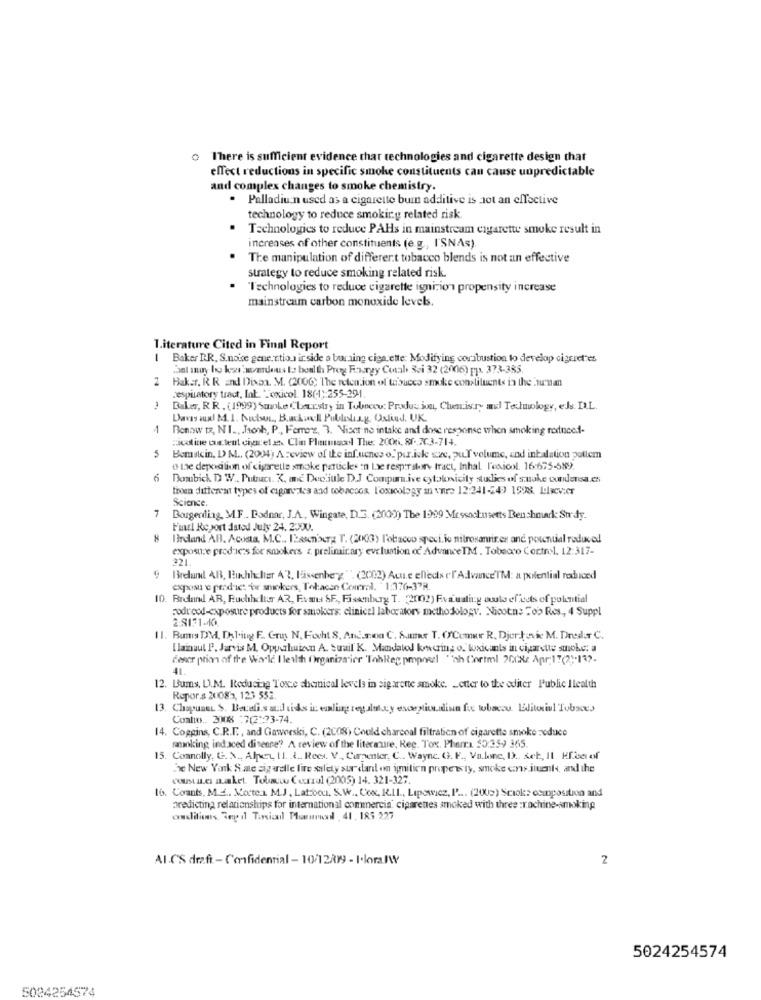
There is sufficient evidence that technologies and cigarette design that
effect reductions in specific smoke constituents can cause unpredictable
and complex changes to smoke chemistry.
. Palladiu:n used as a cigarette burn additive is Jot an effective
technology to reduce smoking related risk
Technologies to reduce PAHs in mainstream cigarette smoke result in
increases of other constituents (e.g, I'SNAs).
The manipulation of different tobacco blends is not an effective
strategy to reduce smoking related risk.
Technologies to reduce cigarette ignition propensity increase
mainstream carbon monoxide levels.
Literature Cited in Final Report
-
Baker R.R. S.noise gene .. tious ir side a burning cigarette: Modifying combustion to develop cigeret"es
3al muy bo kar'werdeus to boalth Prog Fourgy Coal Bei 32 (2006) pp. 373-385.
2 Baker, R R and Disaa. M. (2006; The retention of tobacco smoke constituents in the hun an
respiratory tract, Int. "Toxicol. 18(1):255-291
Baker, RR . (1999) Smoke Chemistry in Tubnecu: Produc ion, Chemistry asl Technology, els. D.L.
1
Benow tz, NI ., Josh, P ., Femers, 3. Niser no intake and dose response when smoking rodneed-
Hicoline cus tent cigaret et Clin Pharmacol The: 2006. 81. 7C3-714.
Bemstein, D> M .. (2004) A review of the inf.ucnes o. per.iske sze, pu.I volume, and intalation pottem
o the deposition of cigarette smoke particles in Le respiratory tract, Inhal l'exicol. 16:675-589.
6
Dombich D W .. Putruacu. K. and Deo.jule DJ Compara.ive cytoknicity studies of snake ourdensa.es
troen different types of cigarettes and tobaccos Toxicology m ware 12:241-249 1598. L:levier
Science.
7
Bougerding, MF .. Bodnar, J.A ., Wingate, D.J. (2009) The 1999 Massachusetts Benshour: Su dy.
Final Report dated July 24. 2000.
Birdand AB. Acosa, M.C ., ILascn'aura T. (2003) Tobacco speci. io nitrosamrires and potential reduced
exposure products for smokers z preliminary evaluation of Advance TM . Tobacco Control. 12:317-
321.
Brelund AR, Buchhalter 42, lassenberg" (2002) Auu.e elleds cf Advance'TM: a potential reduced
exposu e predict "or smokers, Tehacen Corral. "1:376-37R.
10. Brdand AR, Buchhalter AR, Emul SF ., Fiskenburg T. (2002) Evaluating would effects of polinitial
Fodredd-exposure products for smokers: clinical laboratory methodology. Nicotns =ob Res ., 4 Suppl
2:8131-10
11. Bumis DM, Dhl.itng F. Gruy N. Focht S. Andscoa C. Sumer T. ('Comer R, Djurkovic M. Dredor C.
I lainsul P. Jarvis M. Oppahuizen A Suail K. Mandatel kowvering o. toxicants in cigarette smoke: a
descr ption of the World I lealth Organiza ier 'Tohleg pmpoezl "ah Cortml 200Xc Apr:17(2)-132.
12. Bums, D.M. Reducing Toxe shamnical levels in sigarette smoke. Letter to the editer Public Ilealth
Repor.s 20083, 123 552.
13. Chapunet $. Beceli.sacd tids in eling regalotacy exception.dinn fue tobacco. Editorial Tobacco
Conto ., 3008 : 7(2)73-74.
14. Coggins, C.R.F ., and Gaworski, C. (2008) Could charcoal filtration of cigarette smoke reduce
smoking ind aced divenne ?? A review of the literature, Reg. Tox. Phema $5:359 365
15. Connolly, G. N ., Alpey 11. 2. Rees. V. Carpenter, C .. Wayne. G. F ., Va.line, I .. set, Il KEce of
The New York S.ale sigarelle fire safety six dan on ignition property, smoke constituents, and the
costaLes zaket Tobacturul (2005) 14. 321-327.
16. Counts, M.A .. Morte.1. M.J, Lat:bon. S.w .. Com, R.IL ., Lipowicz, P ... (2009) Sciok: composition and
predicting relationships for international commercia ciparettes smoked with three :rochine-smoking
conditions, Sep il Tirsiasil Marmol 41, 185 227
Al.C'S draft - Confidential - 10/12/099 - I.loralWY
2
5024254574
5024254574